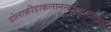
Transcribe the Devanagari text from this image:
दोलाक्रीडाकलानन्दथुपरवनिता